Lunatic asylums Punjab 1895-1910 - 1895-1910
Year: 1895
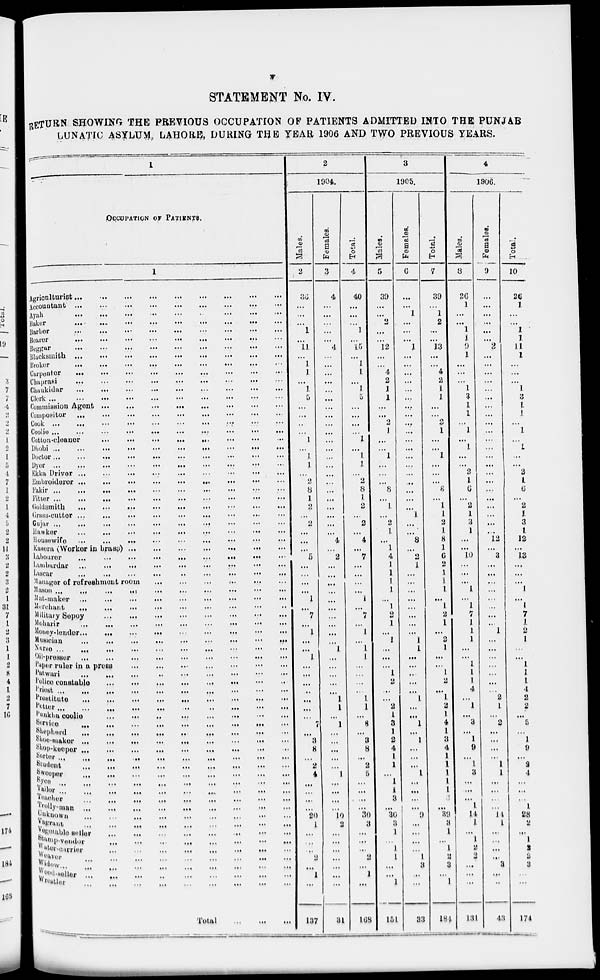
v
STATEMENT No. IV.
RETURN SHOWING THE PREVIOUS OCCUPATION OF PATIENTS ADMITTED INTO THE PUNJAB
LUNATIC ASYLUM LAHORE, DURING THE YEAR 1906 AND TWO PREVIOUS YEARS.
1
OCCUPATION OF PATIENTS.
1
Agriculturist
...
...
...
...
...
...
...
...
...
Accountant
...
...
...
...
...
...
...
...
...
Ayah
...
...
...
...
...
...
...
...
...
Baker
...
...
...
...
...
...
...
...
...
Barber
...
...
...
...
...
...
...
...
...
Bearer
...
...
...
...
...
...
...
...
...
Beggar
...
...
...
...
...
...
...
...
...
Blacksmith
...
...
...
...
...
...
...
...
...
Broker
...
...
...
...
...
...
...
...
...
Carpenter
...
...
...
...
...
...
...
...
...
Chaprasi
...
...
...
...
...
...
...
...
Chaukidar
...
...
...
...
...
...
...
...
...
Clerk
...
...
...
...
...
...
...
...
...
...
Commission Agent ... ... ... ... ... ... ... ... ...
Compositor ... ... ... ... ... ... ... ... ...
Cook ... ... ... ... ... ... ... ... ...
Coolie ...
...
...
...
...
...
...
...
...
...
Cotton-cleaner ... ... ... ... ... ... ... ... ...
Dhobi ... ... ... ... ... ... ... ... ...
Doctor ... ... ... ... ... ... ... ... ...
Dyer ... ... ... ... ... ... ... ... ...
Ekka Driver ... ... ... ... ... ... ... ... ...
Embroiderer ... ... ... ... ... ... ... ... ...
Fakir ... ... ... ... ... ... ... ... ...
Fitter ... ... ... ... ... ... ... ... ...
Goldsmith ... ... ... ... ... ... ... ... ...
Grass-cutter ... ... ... ... ... ... ... ... ...
Gujar ... ... ... ... ... ... ... ... ...
Hawker
...
...
...
...
...
...
...
...
...
Housewife
...
...
...
...
...
...
...
...
Kasera (Worker in brass) ... ... ... ... ... ... ... ... ...
Labourer ... ... ... ... ... ... ...
Lambardar ... ... ... ... ... ... ... ... ...
Lascar ... ... ... ... ... ... ... ... ...
Manager of refreshment room ... ... ... ... ... ... ...
Mason ... ... ... ... ... ... ... ... ...
Mat-maker ... ... ... ... ... ... ... ... ...
Merchant ... ... ... ... ... ... ... ... ...
Military Sepoy ... ... ... ... ... ... ... ... ...
Moharir ... ... ... ... ... ... ... ... ...
Money-lender ... ... ... ... ... ... ... ... ...
Musician ... ... ... ... ... ... ... ... ...
Nurse ... ... ... ... ... ... ... ... ...
Oil-presser ... ... ... ... ... ... ... ... ...
Paper ruler in a press ... ... ... ... ... ... ... ... ...
Patwari ... ... ... ... ... ... ... ... ...
Police constable ... ... ... ... ... ... ... ... ...
Priest ... ... ... ... ... ... ... ... ...
Prostitute ... ... ... ... ... ... ... ... ...
Potter ... ... ... ... ... ... ... ... ...
Punkha coolie ... ... ... ... ... ... ... ... ...
Service ... ... ... ... ... ... ... ... ...
Shepherd ... ... ... ... ... ... ... ... ...
Shoe-maker ... ... ... ... ... ... ... ... ...
Shop-keeper ... ... ... ... ... ... ... ... ...
Sorter ... ... ... ... ... ... ... ... ...
Student ... ... ... ... ... ... ... ... ...
Sweeper ... ... ... ... ... ... ... ... ...
Syee ... ... ... ... ... ... ... ... ...
Tailor ... ... ... ... ... ... ... ... ...
Teacher ... ... ... ... ... ... ... ... ...
Trolly-man ... ... ... ... ... ... ... ... ...
Unknown ... ... ... ... ... ... ... ... ...
Vagrant ... ... ... ... ... ... ... ... ...
Vegetable seller
...
...
...
...
...
...
Stamp-vendor
...
...
...
...
...
...
...
Water-carrier ... ... ... ... ... ... ...
Weaver ... ... ... ... ... ... ...
Widow ... ... ... ... ... ... ...
Wood-seller ... ... ... ... ... ... ...
Wrestler ... ... ... ... ... ... ...
Total
...
...
...
2
1904.
Males.
2
36
...
...
...
1
...
11
...
1
1
...
1
5
...
...
..
...
1
...
1
1
...
2
8
1
2
2
...
...
...
5
...
...
...
...
1
...
7
...
1
...
...
1
...
...
...
...
...
...
...
7
...
3
8
...
2
4
...
... ...
...
20
1
...
...
...
2
...
1
...
137
Females.
3
4
...
...
...
...
...
4
...
...
...
...
...
...
...
...
...
...
...
...
...
...
...
...
...
...
...
...
...
...
4
...
2
...
...
...
...
...
...
...
...
...
...
1
...
...
...
...
...
1 1
...
1
... ...
...
...
...
1
...
...
...
...
10
2
...
...
...
...
...
...
...
31
Total.
4
40
...
...
...
1
...
15
...
1
1
...
1
5
...
...
...
...
1
...
1
1
...
2
8
1
2
...
2
...
4
...
7
...
...
...
...
1
...
7
...
1
...
1
1
...
...
...
...
1
1
...
8
...
3
8
...
2
5
...
...
...
...
30
3
...
...
...
2
...
1
...
168
3
1905.
Males.
5
39
...
...
2
...
...
12
...
...
4
2
1
1
...
...
2
1
...
...
1
...
...
...
8
...
1
...
2
1
...
1
4
1
1
1
1
...
1
2
1
...
1
...
...
...
1
2
...
...
2
1
3
1
2
4
1
1
...
1
1
3
...
30
3
1
...
1
1
...
...
1
151
Females.
6
...
...
1
...
...
...
1
...
...
...
...
...
...
...
...
...
...
...
...
...
...
...
...
...
...
...
1
...
...
8
...
2
1
...
...
... ...
...
...
...
...
1
1
...
...
...
...
...
1
...
...
1
...
1
...
...
...
1
...
...
...
...
9
...
...
...
...
1
2
...
...
33
Total.
7
39
...
1
2
...
...
13
...
...
4
2
1
1
...
...
2
1
...
...
1
...
...
...
8
...
1
1
2
1
8
1
6
2
1
1
1
...
1
2
1
...
2
1
...
...
1
2
...
1
2
1
4
1
3
4
1
1
1
1
1
3
...
39
8
1
...
1
2
3
...
1
184
4
1906.
Males.
8
26
1
...
...
1
1
9
1
...
...
1
3
1
1
...
1
...
1
...
...
2
1
6
...
2
1
3
1
...
...
10
...
...
...
1
...
1
7
1
1
1
...
...
1
1
1
4
...
1
...
3
...
1
9
...
1
3
...
...
...
1
14
1
...
1
2
2
...
...
...
131
Females.
9
...
...
...
...
...
...
2
...
...
...
...
...
...
...
...
...
...
...
...
...
...
...
...
...
...
...
...
...
...
12
...
3
...
...
...
...
...
...
...
...
1
...
...
...
...
...
...
...
2
1
...
2
...
...
...
...
1
1
...
...
...
...
14
1
...
...
...
...
3
...
...
43
Total.
10
26
1
...
...
1
1
11
1
...
...
...
1
3
1
1
...
1
...
1
...
...
2
1
6
...
2
1
3
1
12
...
13
...
...
...
1
...
1
7
1
2
1
...
...
1
1
1
4
2
2
...
5
...
1
9
...
2
4
...
...
...
1
28
2
...
1
2
2
3
...
...
174